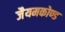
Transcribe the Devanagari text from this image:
जैयमकोण्ड